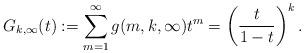
LaTeX: \begin{align*}G_{k,\infty}(t) :=\sum_{m=1}^{\infty}g(m,k,\infty) t^{m} = \left(\frac{t}{1-t} \right)^{k}.\end{align*}